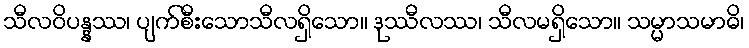
သီလဝိပန္နဿ၊ ပျက်စီးသောသီလရှိသော။ ဒုဿီလဿ၊ သီလမရှိသော။ သမ္မာသမာဓိ၊